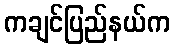
ကချင်ပြည်နယ်က